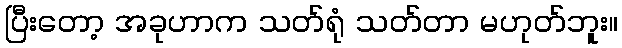
ပြီးတော့ အခုဟာက သတ်ရုံ သတ်တာ မဟုတ်ဘူး။